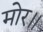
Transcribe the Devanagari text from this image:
मोर॥